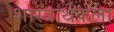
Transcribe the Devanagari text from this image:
शास्त्रार्थकला